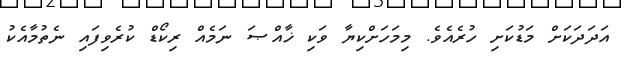
އަދަދަކަށް މަޑުކަށި ހުރެއެވެ. މިމަހަށްކިޔާ ވަކި ޚާއްޞަ ނަމެއް ރިކޯޑް ކުރެވިފައި ނެތުމާއެކު